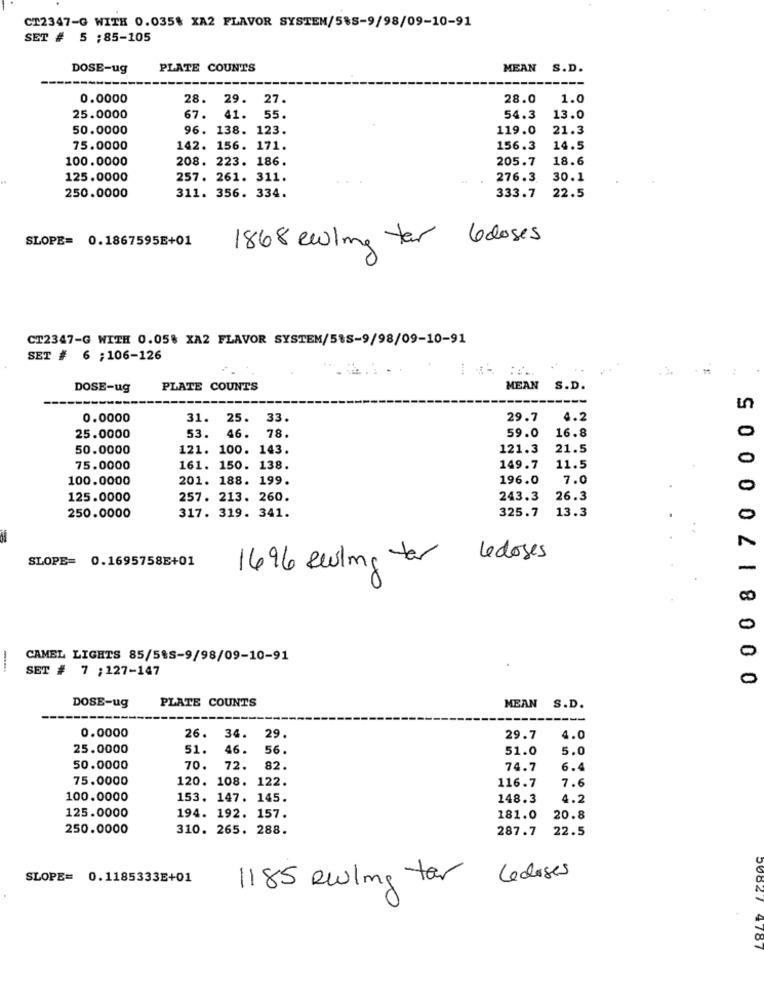
CT2347-G WITH 0.035# XA2 FLAVOR SYSTEN/585-9/98/09-10-91
SET # 5 ;85-105
DOSE-ug
PLATE COUNTS
MEAN
S.D.
0.0000
28.
29.
27.
28.0
1.0
25.0000
67.
41.
55.
54.3
13.0
50.0000
96. 138. 123.
119.0
21.3
75.0000
142. 156. 171.
156.3
14.5
100.0000
208. 223. 186.
205.7
18.6
125.0000
257. 261. 311.
276.3
30.1
22.5
250.0000
311. 356. 334.
333.7
SLOPE= 0.1867595E+01
1868 enlig tar 6 doses
CT2347-G WITH 0.05% XA2 FLAVOR SYSTEM/515-9/98/09-10-91
SET # 6 ;106-126
DOSE-ug
PLATE COUNTS
MEAN S.D.
0 00 8 1 7 0 0 0 05
0.0000
31. 25. 33.
29.7
4.2
78.
25.0000
53. 46.
59.0
16.8
50.0000
121. 100. 143.
121.3
21.5
0
75.0000
161. 150. 138.
149.7
11.5
100.0000
201. 188. 199.
196.0
7.0
0
125.0000
257. 213. 260.
243.3
26.3
250.0000
317. 319. 341.
325.7 13.3
0
SLOPE= 0.1695758E+01
le doses
1696 seuling for
-
8
0
0
CAMEL LIGHTS 85/585-9/98/09-10-91
-
SET # 7 ;127-147
0
DOSE-ug
PLATE COUNTS
MEAN S.D.
0.0000
26. 34. 29.
29.7
4.0
25.0000
51.
46.
56.
51.0
5.0
50.0000
70.
72. 82.
74.7
6.4
75.0000
120. 108. 122.
7.6
116.7
100.0000
153. 147. 145.
148.3
4.2
125.0000
194. 192. 157.
181.0
20.8
250.0000
310. 265. 288.
287.7
22.5
SLOPE= 0.1185333E+01
1185 Reling tar
Lederses
4161